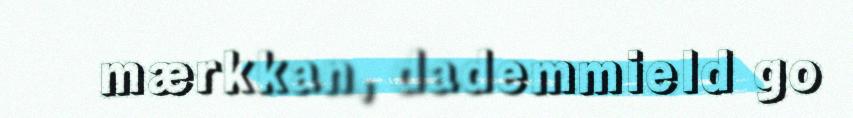
mærkkan, dademmield go